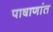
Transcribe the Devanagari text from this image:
पाषाणांत